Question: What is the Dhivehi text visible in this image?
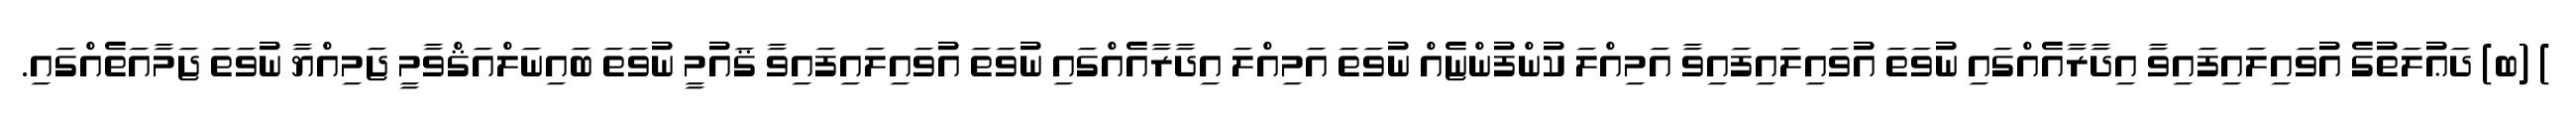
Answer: ) (ބ) ދަޢުލަތުގެ އުވައިލައިފައިވާ އިދާރާއެއްގައި ނުވަތަ އުވައިލައިފައިވާ އަމިއްލަ ކުންފުންޏެއް ނުވަތަ އަމިއްލަ އިދާރާއެއްގައި ނުވަތަ އުވައިލައިފައިވާ ޤައުމީ ނުވަތަ ބައިނަލްއަޤްވާމީ ޖަމިއްޔާ ނުވަތަ ޖަމާއަތެއްގައި.